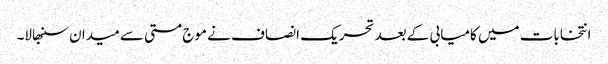
انتخابات میں کامیابی کے بعد تحریک انصاف نے موج مستی سے میدان سنبھالا۔